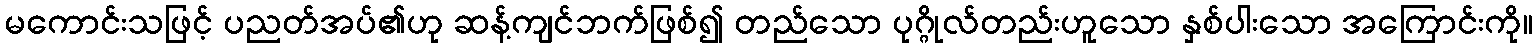
မကောင်းသဖြင့် ပညတ်အပ်၏ဟု ဆန့်ကျင်ဘက်ဖြစ်၍ တည်သော ပုဂ္ဂိုလ်တည်းဟူသော နှစ်ပါးသော အကြောင်းကို။